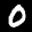
Digit: 0